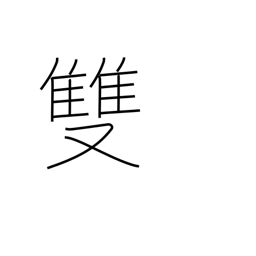
Meaning: counter for pairs